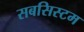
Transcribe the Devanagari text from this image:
सबसिस्टम